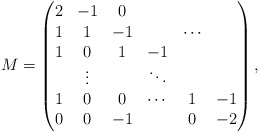
\begin{align*}M=\begin{pmatrix}2 & -1 & 0\\1 & 1 & -1 & & \cdots \\1 & 0 & 1 & -1 \\& \vdots & & \ddots \\1 & 0 & 0 & \cdots & 1 & -1 \\0 & 0 & -1 & & 0 & -2 \end{pmatrix},\end{align*}